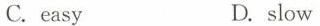
C.easy D.slow